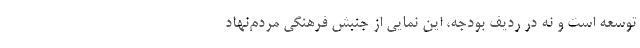
توسعه است و نه در ردیف بودجه، این نمایی از جنبش فرهنگیِ مردم‌نهاد